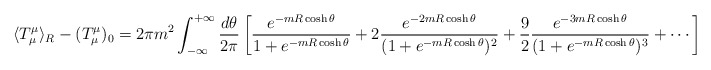
\begin{align*}\langle T^\mu_\mu \rangle_R - (T_\mu^\mu)_0 = 2\pi m^2\int_{-\infty}^{+\infty}\frac{d\theta}{2\pi} \left[\frac{e^{-m R \cosh\theta}}{1+ e^{-mR \cosh\theta}} +2 \frac{e^{-2 m R \cosh\theta}}{(1+e^{-m R \cosh\theta})^2} +\frac{9}{2} \frac{e^{-3 m R \cosh\theta}}{(1+e^{-m R \cosh\theta})^3} +\cdots \right]\,\,\, ,\end{align*}